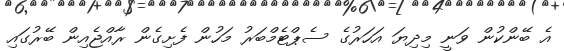
އެ ބޭންކުން ވަނީ މިދިޔަ އަހަރުގެ ސެޕްޓެމްބަރު މަހުން ފެށިގެން ރާއްޖެއިން ބޭރުގައި